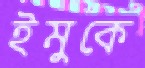
ইমুকে